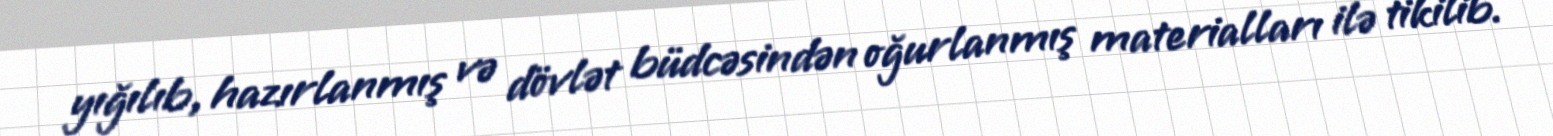
yığılıb, hazırlanmış və dövlət büdcəsindən oğurlanmış materialları ilə tikilib.